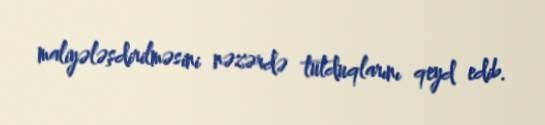
maliyələşdirilməsini nəzərdə tutduqlarını qeyd edib.